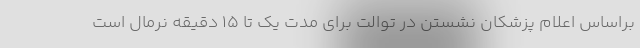
براساس اعلام پزشکان نشستن در توالت برای مدت یک تا ۱۵ دقیقه نرمال است